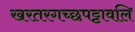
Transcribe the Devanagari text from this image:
खरतरगच्छपट्टावलि